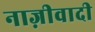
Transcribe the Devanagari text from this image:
नाज़ीवादी